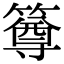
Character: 𥳰